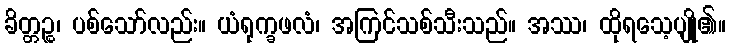
ခိတ္တဉ္စ၊ ပစ်သော်လည်း။ ယံရုက္ခဖလံ၊ အကြင်သစ်သီးသည်။ အဿ၊ ထိုရသေ့ပျို၏။